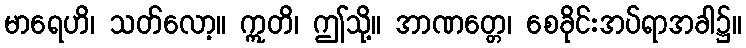
မာရေဟိ၊ သတ်လော့။ ဣတိ၊ ဤသို့။ အာဏတ္တေ၊ စေခိုင်းအပ်ရာအခါ၌။